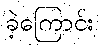
ခဲ့ကြောင်း